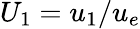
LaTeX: U_{1}=u_{1}/u_{e}